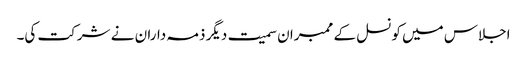
اجلاس میں کونسل کے ممبران سمیت دیگر ذمہ داران نے شرکت کی۔